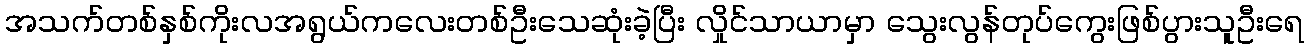
အသက်တစ်နှစ်ကိုးလအရွယ်ကလေးတစ်ဦးသေဆုံးခဲ့ပြီး လှိုင်သာယာမှာ သွေးလွန်တုပ်ကွေးဖြစ်ပွားသူဦးရေ